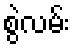
စွဲလမ်း